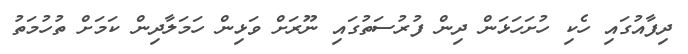
ދިފާއުގައި ހެކި ހުށަހަޅަން ދިން ފުރުސަތުގައި ނޫރަށް ވަޅިން ހަމަލާދިން ކަމަށް ތުހުމަތު